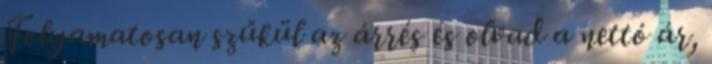
Folyamatosan szűkül az árrés és olvad a nettó ár,